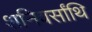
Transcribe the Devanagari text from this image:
शनिवर्सांथि